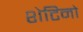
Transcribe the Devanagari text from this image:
शेटिनो